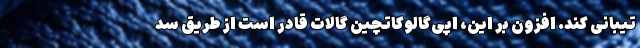
تیبانی کند. افزون بر این، اپی‌گالوکاتچین گالات قادر است از طریق سد